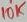
Text: 10K